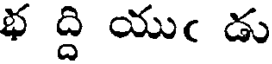
భ ద్ది యుఁ డు